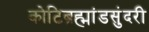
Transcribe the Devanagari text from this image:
कोटिब्रह्मांडसुंदरी